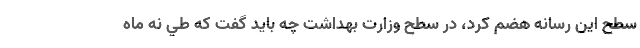
سطح اين رسانه هضم كرد، در سطح وزارت بهداشت چه بايد گفت كه طي نه ماه